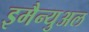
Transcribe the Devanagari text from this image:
इमैन्युअल